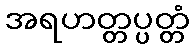
အရဟတ္တပ္ပတ္တံ